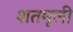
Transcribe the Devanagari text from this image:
शतमूली